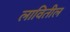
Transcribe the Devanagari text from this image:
लावितील